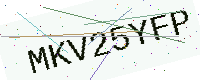
Text: MKV25YFP